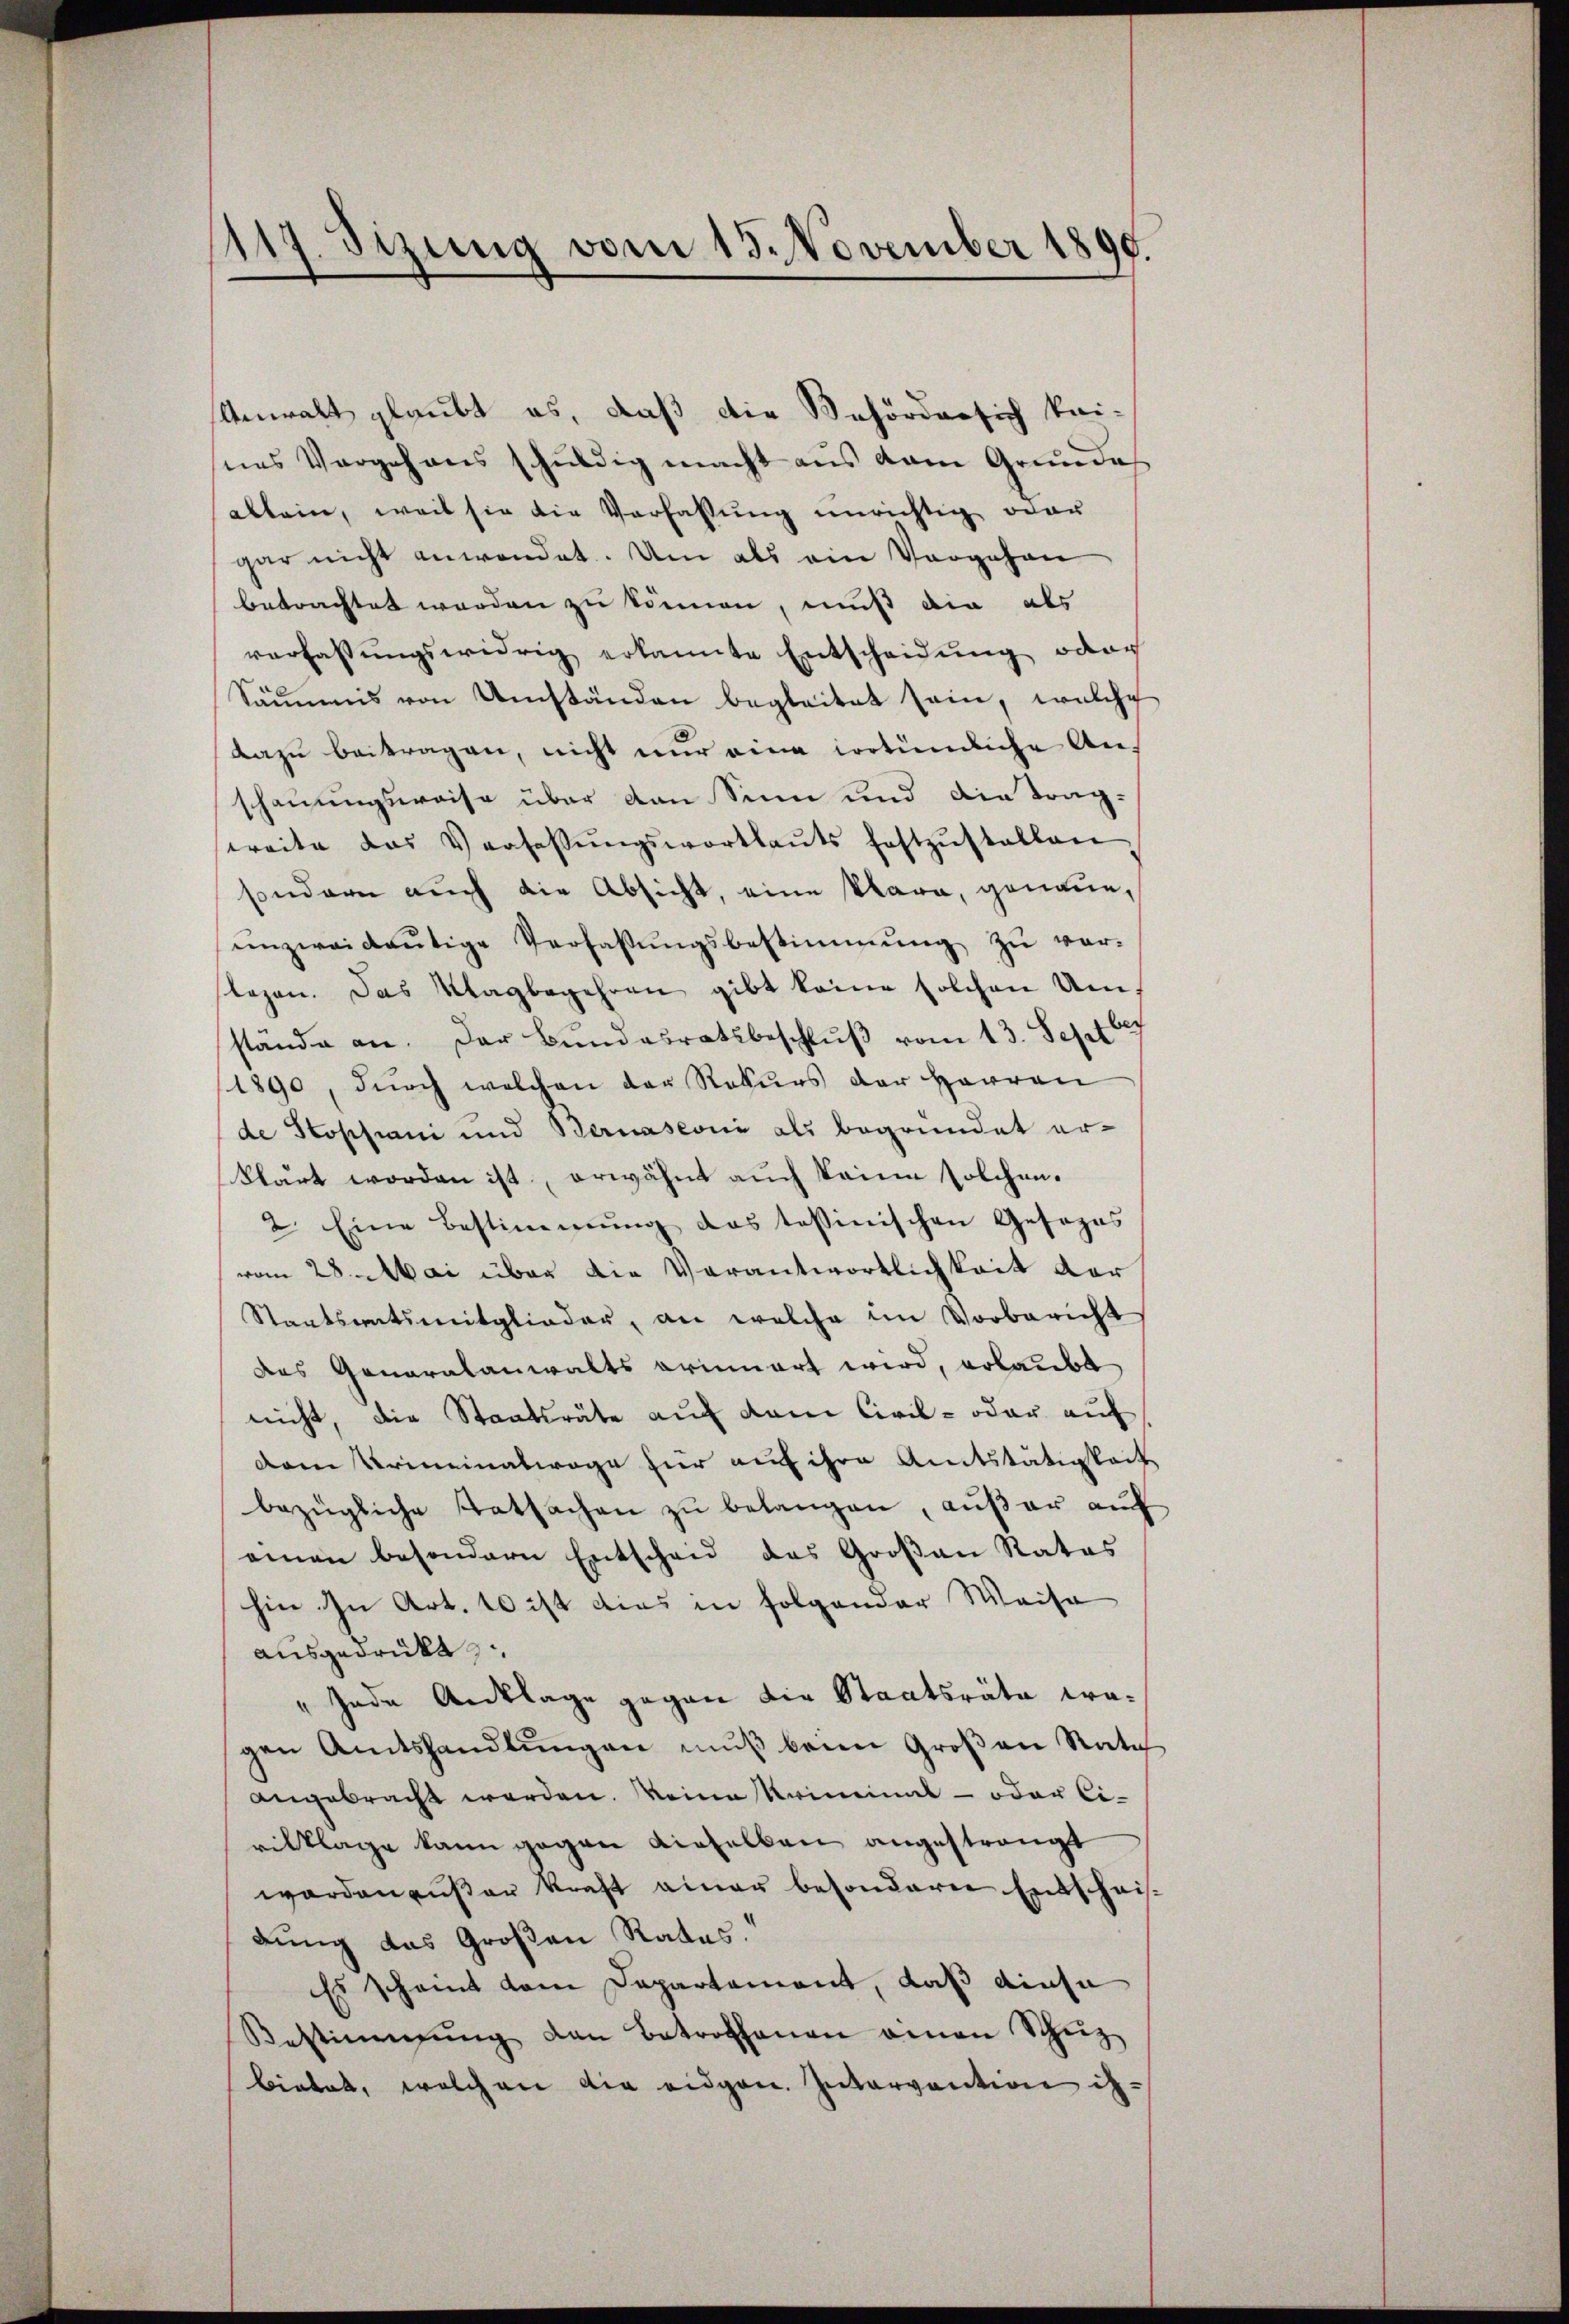
117. Sizung vom 15. November 1890.

Anwalt glaubt es, daß die Behörde sich keines Vergehens schuldig macht aus dem Grunde
allein, weil sie die Verfassung unrichtig oder
gar nicht anwendet. Um als ein Vorgehen
betrachtet werden zu können, muß die als
verfassŭngswidrig erkannte Entscheidŭng oder
Säŭmis von Umständen begleitet sein, welche
dazu beitragen, nicht nur eine irrtümliche Anschauungsweise über von Sinn und die Trag-
weite das Verfassŭngswortlaŭts festzŭstellen
sondern auch die Absicht, eine klara, genaue,
ŭnzweideŭtige Verfassŭngsbestimmung zŭ ver-
slagen. Das Klagbegehren gibt keine solchen Umstände an. Der Bŭndesratsbeschlŭβ vom 13. Sept 17
1890, durch welchen der Rekurs der Herren
de Stoppani und Bernasconi als begründet erklärt worden ist, erwähnt auch keine solchen.
2. Eine Bestimmung das tessinischen Gesezes
vom 28. Mai über die Verantwortlichkeit der
Staatsantsmitglieder, an welche im Vorbericht
des Generalanwalts erinnert wird, erlaubt
nicht, die Staatsräte auf dem Civil- oder auf
dem Kriminalwage für auf ihre Amtstätigkeit
bezügliche Tatsachen zŭ belangen, außer auf
einen besondern Entscheid das Groβan Rates
hin in Art. 10 ist dies in folgender Weise
ausgedrukt
Jede Anklage gegen die Staatsräte wagen Amtshandlungen muß beim Großen Rate
angebracht werden. Meine Kriminal- oder Cirilklage kann gegen dieselben angestrengt
worden außer kraft einer besonderer Entschrifdung das Großen Rates.
Es scheint dem Departement, daß diese
Bestimmung den Betroffenen amen Schüz
bietet, welchen die eidgen. Intervention is